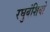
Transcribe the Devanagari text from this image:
रघुवंशियो